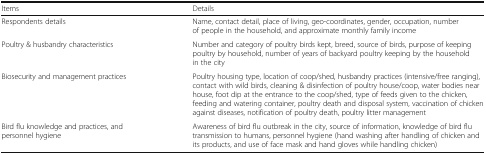
<table><thead><tr><td><b>Items</b></td><td><b>Details</b></td></tr></thead><tbody><tr><td>Respondents details</td><td>Name, contact detail, place of living, geo-coordinates, gender, occupation, number of people in the household, and approximate monthly family income</td></tr><tr><td>Poultry &amp; husbandry characteristics</td><td>Number and category of poultry birds kept, breed, source of birds, purpose of keeping poultry by household, number of years of backyard poultry keeping by the household in the city</td></tr><tr><td>Biosecurity and management practices</td><td>Poultry housing type, location of coop/shed, husbandry practices (intensive/free ranging), contact with wild birds, cleaning &amp; disinfection of poultry house/coop, water bodies near house, foot dip at the entrance to the coop/shed, type of feeds given to the chicken, feeding and watering container, poultry death and disposal system, vaccination of chicken against diseases, notification of poultry death, poultry litter management</td></tr><tr><td>Bird flu knowledge and practices, and personnel hygiene</td><td>Awareness of bird flu outbreak in the city, source of information, knowledge of bird flu transmission to humans, personnel hygiene (hand washing after handling of chicken and its products, and use of face mask and hand gloves while handling chicken)</td></tr></tbody></table>